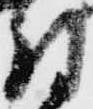
付